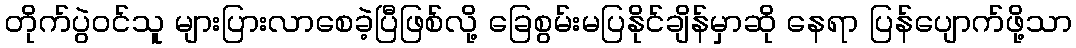
တိုက်ပွဲဝင်သူ များပြားလာစေခဲ့ပြီဖြစ်လို့ ခြေစွမ်းမပြနိုင်ချိန်မှာဆို နေရာ ပြန်ပျောက်ဖို့သာ